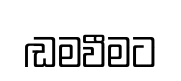
ඬමවීමට